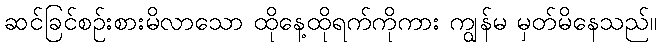
ဆင်ခြင်စဉ်းစားမိလာသော ထိုနေ့ထိုရက်ကိုကား ကျွန်မ မှတ်မိနေသည်။